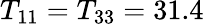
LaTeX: T_{11}=T_{33}=31.4